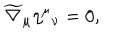
LaTeX: \widetilde { \nabla } _ { \mu } \eta ^ { \mu } { _ { \nu } } = 0 ,